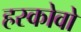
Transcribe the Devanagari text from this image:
हस्कोवो